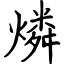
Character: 燐